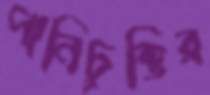
পানিচুক্তির